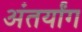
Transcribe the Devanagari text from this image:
अंतर्यांग